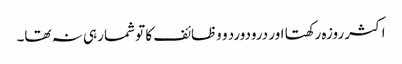
اکثر روزہ رکھتا اور درودورد و وظائف کا تو شمار ہی نہ تھا۔